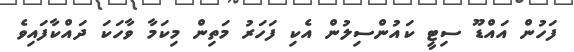
ފަހުން އައްޑޫ ސިޓީ ކައުންސިލުން އެކި ފަހަރު މަތިން މިކަމާ ވާހަކަ ދައްކާފައިވެ